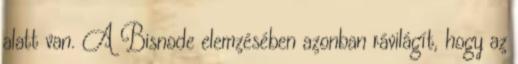
alatt van. A Bisnode elemzésében azonban rávilágít, hogy az